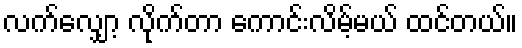
လက်လျှော့ လိုက်တာ ကောင်းလိမ့်မယ် ထင်တယ်။